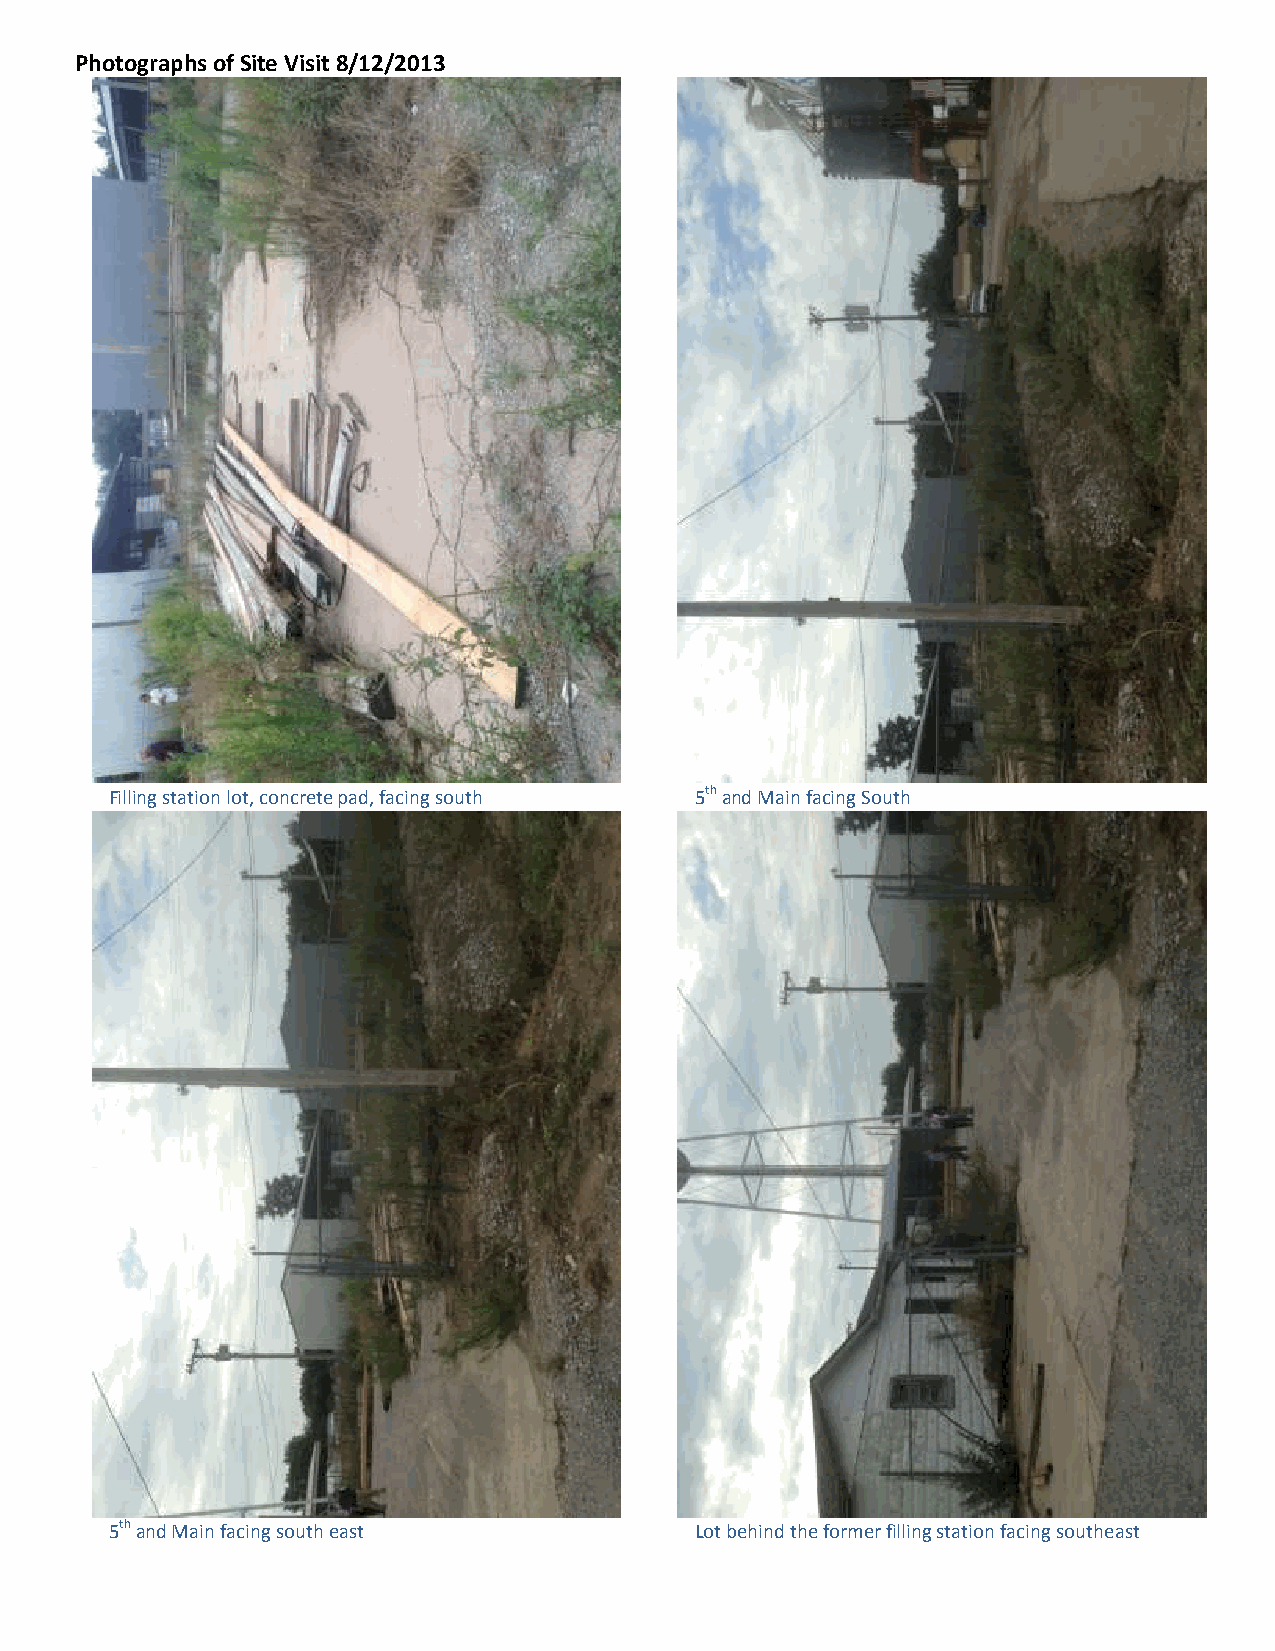
Photographs of Site Visit 8/12/2013
 Filling station lot, concrete pad, facing south 5th and Main facing South
 5th and Main facing south east         Lot behind the former filling station facing southeast